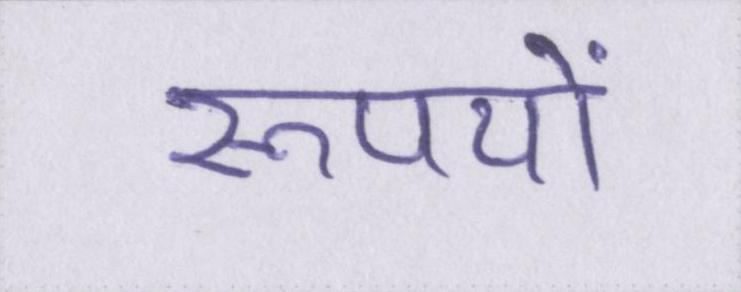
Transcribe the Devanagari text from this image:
रूपयों